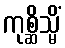
ကုစ္ဆိသ္မိံ